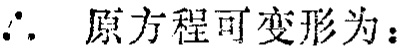
\(\therefore\) 原方程可变形为：